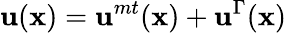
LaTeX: \mathbf{u}(\mathbf{x})=\mathbf{u}^{mt}(\mathbf{x})+\mathbf{u}^{\Gamma}(\mathbf{x})